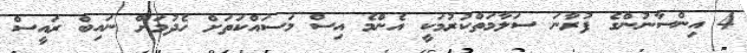
4 އިންސާނުންގެ ފުރާނަ ސަލާމަތްކުރުމަކީ އެންމެ އިސް މަސައްކަތަށް ހެދުމަށް ނައިބް ރައީސް